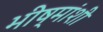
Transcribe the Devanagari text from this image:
भीष्मांशी